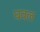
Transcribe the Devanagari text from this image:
घवल